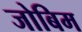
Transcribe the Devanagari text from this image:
जोबिम